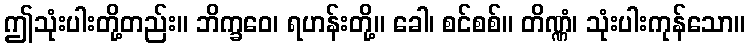
ဤသုံးပါးတို့တည်း။ ဘိက္ခဝေ၊ ရဟန်းတို့။ ခေါ၊ စင်စစ်။ တိဏ္ဏံ၊ သုံးပါးကုန်သော။